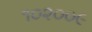
૧૦૨૦૦૯